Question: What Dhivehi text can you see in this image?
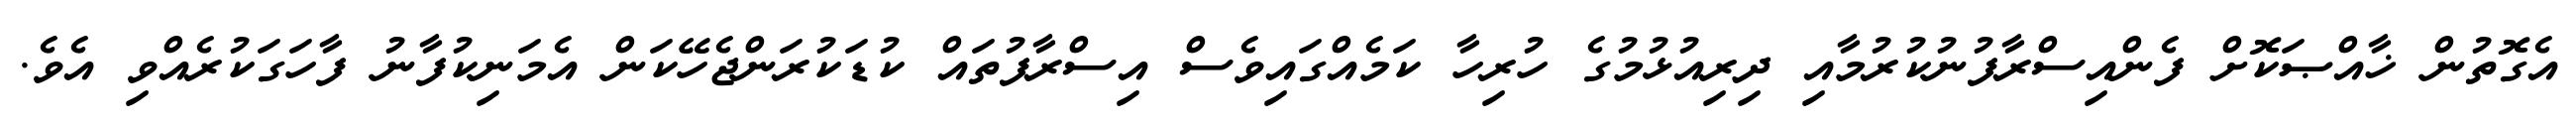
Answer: އެގޮތުން ޚާއްޞަކޮށް ފެންއިސްރާފުނުކުރުމާއި ދިރިއުޅުމުގެ ހުރިހާ ކަމެއްގައިވެސް އިސްރާފުތައް ކުޑަކުރަންޖެހޭކަން އެމަނިކުފާނު ފާހަގަކުރެއްވި އެވެ.